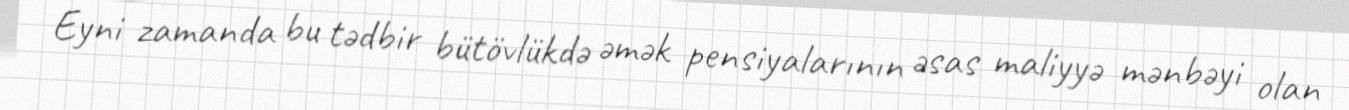
Eyni zamanda bu tədbir bütövlükdə əmək pensiyalarının əsas maliyyə mənbəyi olan